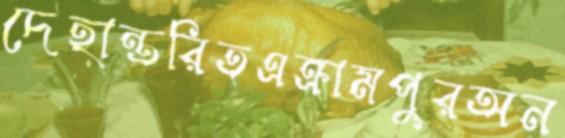
দেহান্তরিতএক্রামপুরঅন